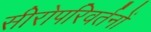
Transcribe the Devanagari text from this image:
सीरोपरिवर्तनों